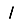
Digit: 1